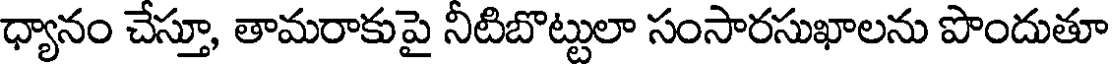
ధ్యానం చేస్తూ, తామరాకుపై నీటిబొట్టులా సంసారసుఖాలను పొందుతూ